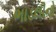
ભાડલીનો